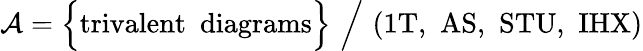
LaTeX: {\cal A}=\Big\{ \mathrm{trivalent\, \, \, diagrams}\Big\} \, \, \Big/\, \, \mathrm{(1T,\, \, AS,\, \, STU,\, \, IHX)}